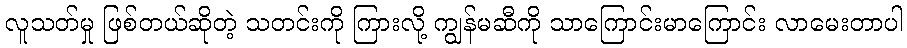
လူသတ်မှု ဖြစ်တယ်ဆိုတဲ့ သတင်းကို ကြားလို့ ကျွန်မဆီကို သာကြောင်းမာကြောင်း လာမေးတာပါ